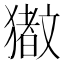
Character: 𬍆